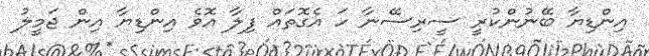
އިންޑިޔާ ބޭނުންކުރީ ސީރިސޭނާ ހަ އެގޮތައް ފިލާ އޮވެ އިންޑިޔާ އިން ޖަމީލު